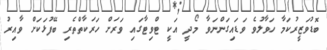
ބޮޑުވަޒީރުކަމާ ހަވާލުވެ ވަޑައިގަންނަވާ މޯދީ އަކީ ޓްވިޓާގައި ވަރަށް ހަރަކާތްތެރި ބޭފުޅަކަށް ވާއިރު